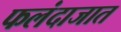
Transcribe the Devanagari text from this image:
फलंदाजात